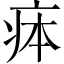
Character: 𤵳